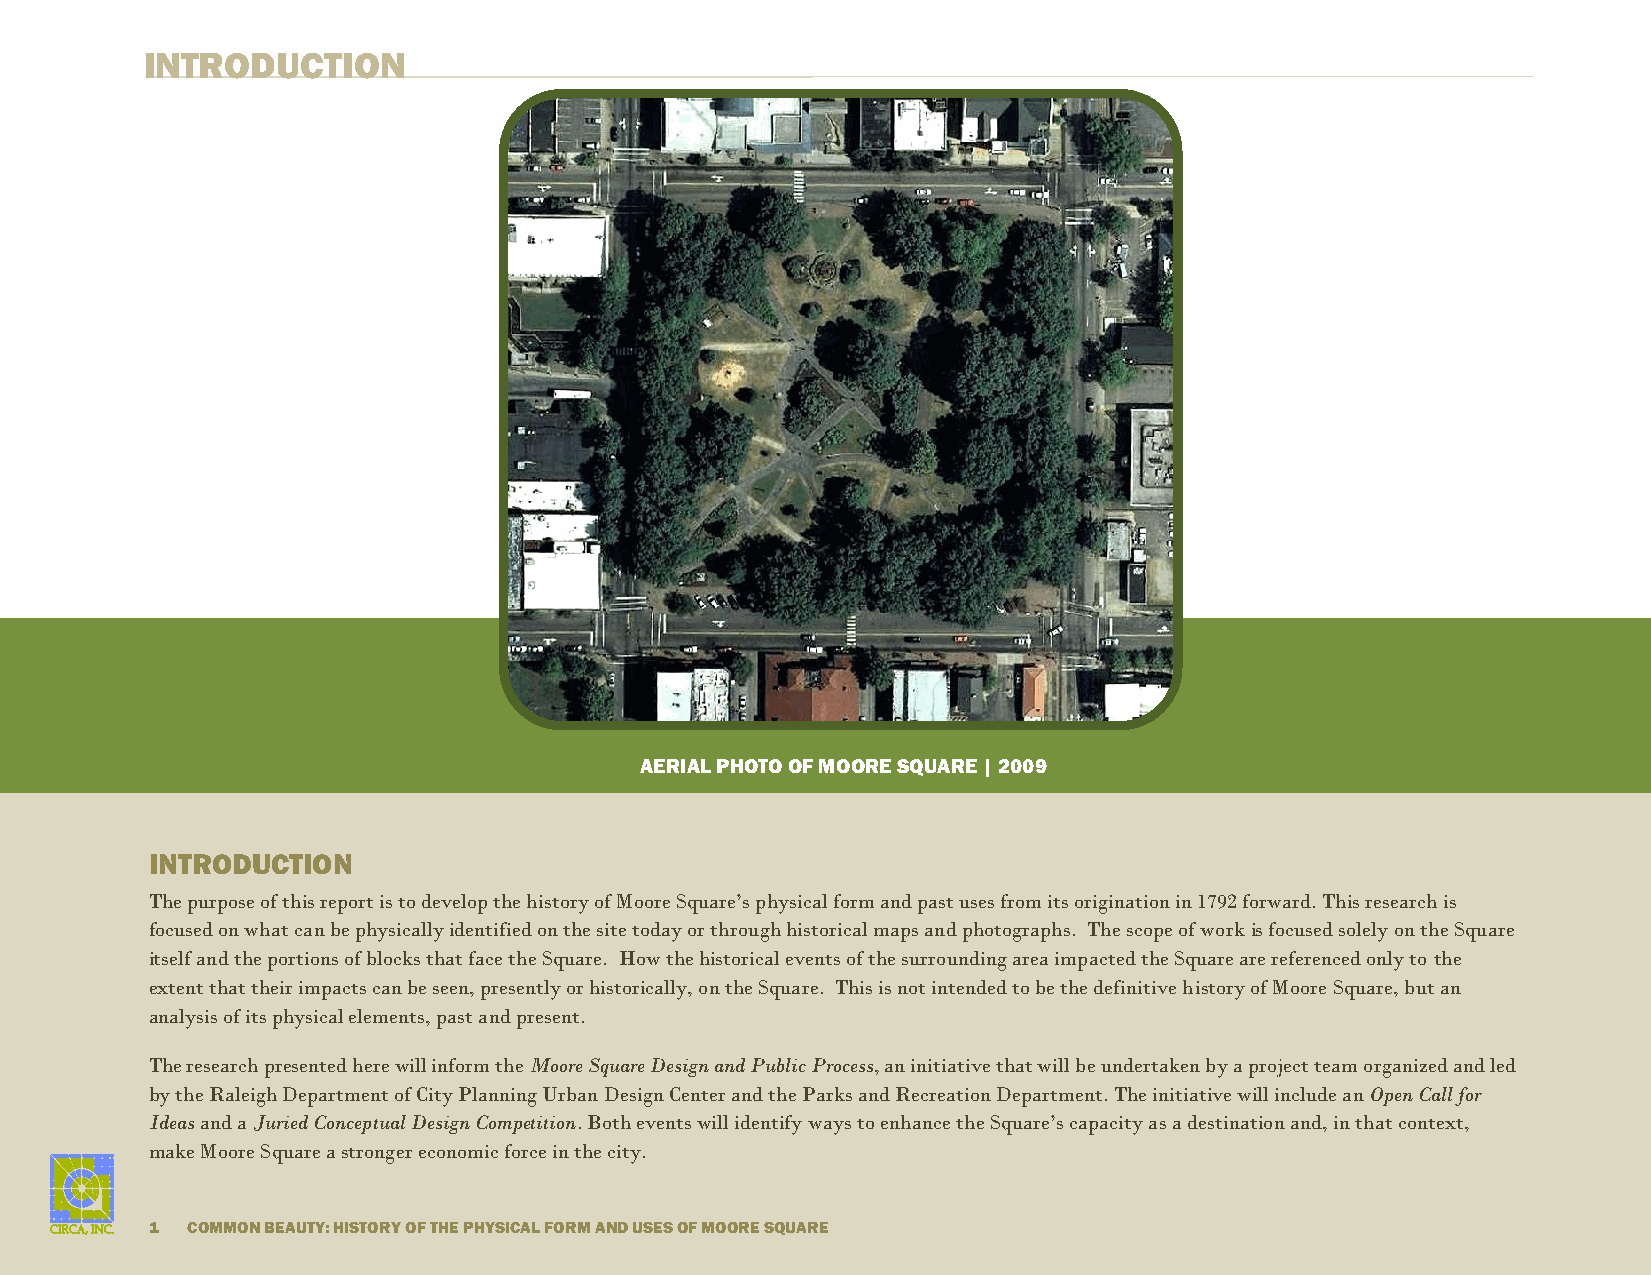
INTRODUCTION
 AERIAL PHOTO OF MOORE SQUARE | 2009
 INTRODUCTION
 The purpose of this report is to develop the history of Moore Square’s physical form and past uses from its origination in 1792 forward. This research is
 focused on what can be physically identified on the site today or through historical maps and photographs. The scope of work is focused solely on the Square
 itself and the portions of blocks that face the Square. How the historical events of the surrounding area impacted the Square are referenced only to the
 extent that their impacts can be seen, presently or historically, on the Square. This is not intended to be the definitive history of Moore Square, but an
 analysis of its physical elements, past and present.
 The research presented here will inform the Moore Square Design and Public Process, an initiative that will be undertaken by a project team organized and led
 by the Raleigh Department of City Planning Urban Design Center and the Parks and Recreation Department. The initiative will include an Open Call for
 Ideas and a Juried Conceptual Design Competition. Both events will identify ways to enhance the Square’s capacity as a destination and, in that context,
 m ake Moore Square a stronger economic force in the city.
 1 COMMON BEAUTY: HISTORY OF THE PHYSICAL FORM AND USES OF MOORE SQUARE